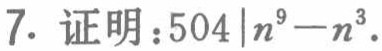
7. 证明：$504\mid n^{9}-n^{3}$.